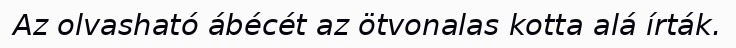
Az olvasható ábécét az ötvonalas kotta alá írták.